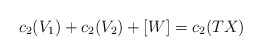
\begin{align*}c_{2}(V_{1}) + c_{2}(V_{2}) +[W]= c_{2}(TX)\end{align*}